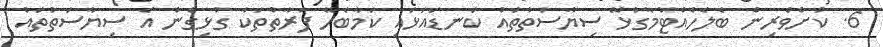
6. ކުށްވެރިން ބެލެހެއްޓުމާގުޅޭ ސިޔާސަތުތައް ކަނޑައަޅައި ކަމާބެހޭ ފަރާތްތަކާ ގުޅިގެން އެ ސިޔާސަތުތައް